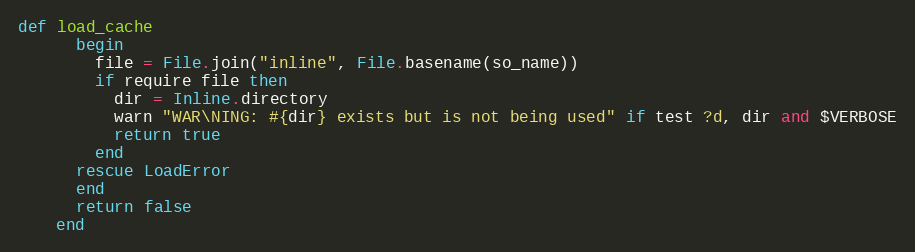
Language: Ruby
def load_cache
      begin
        file = File.join("inline", File.basename(so_name))
        if require file then
          dir = Inline.directory
          warn "WAR\NING: #{dir} exists but is not being used" if test ?d, dir and $VERBOSE
          return true
        end
      rescue LoadError
      end
      return false
    end